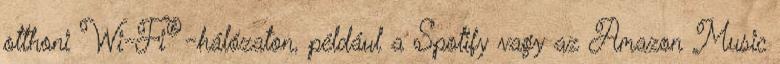
otthoni Wi-Fi®-hálózaton, például a Spotify vagy az Amazon Music